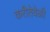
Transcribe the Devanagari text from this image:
करीतेवेळी